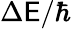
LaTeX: \Delta{\mathsf{E}}/\hbar